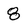
Character: 8